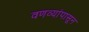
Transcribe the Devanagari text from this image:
वणव्यांपासून